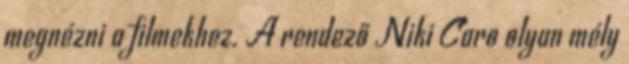
megnézni a filmekhez. A rendező Niki Caro olyan mély